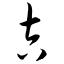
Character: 吉